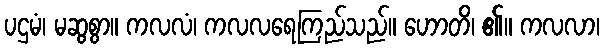
ပဌမံ၊ မဆွစွာ။ ကလလံ၊ ကလလရေကြည်သည်။ ဟောတိ၊ ၏။ ကလလာ၊